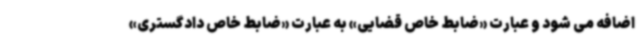
اضافه می شود و عبارت «ضابط خاص قضایی» به عبارت «ضابط خاص دادگستری»